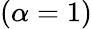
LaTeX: (\alpha=1)